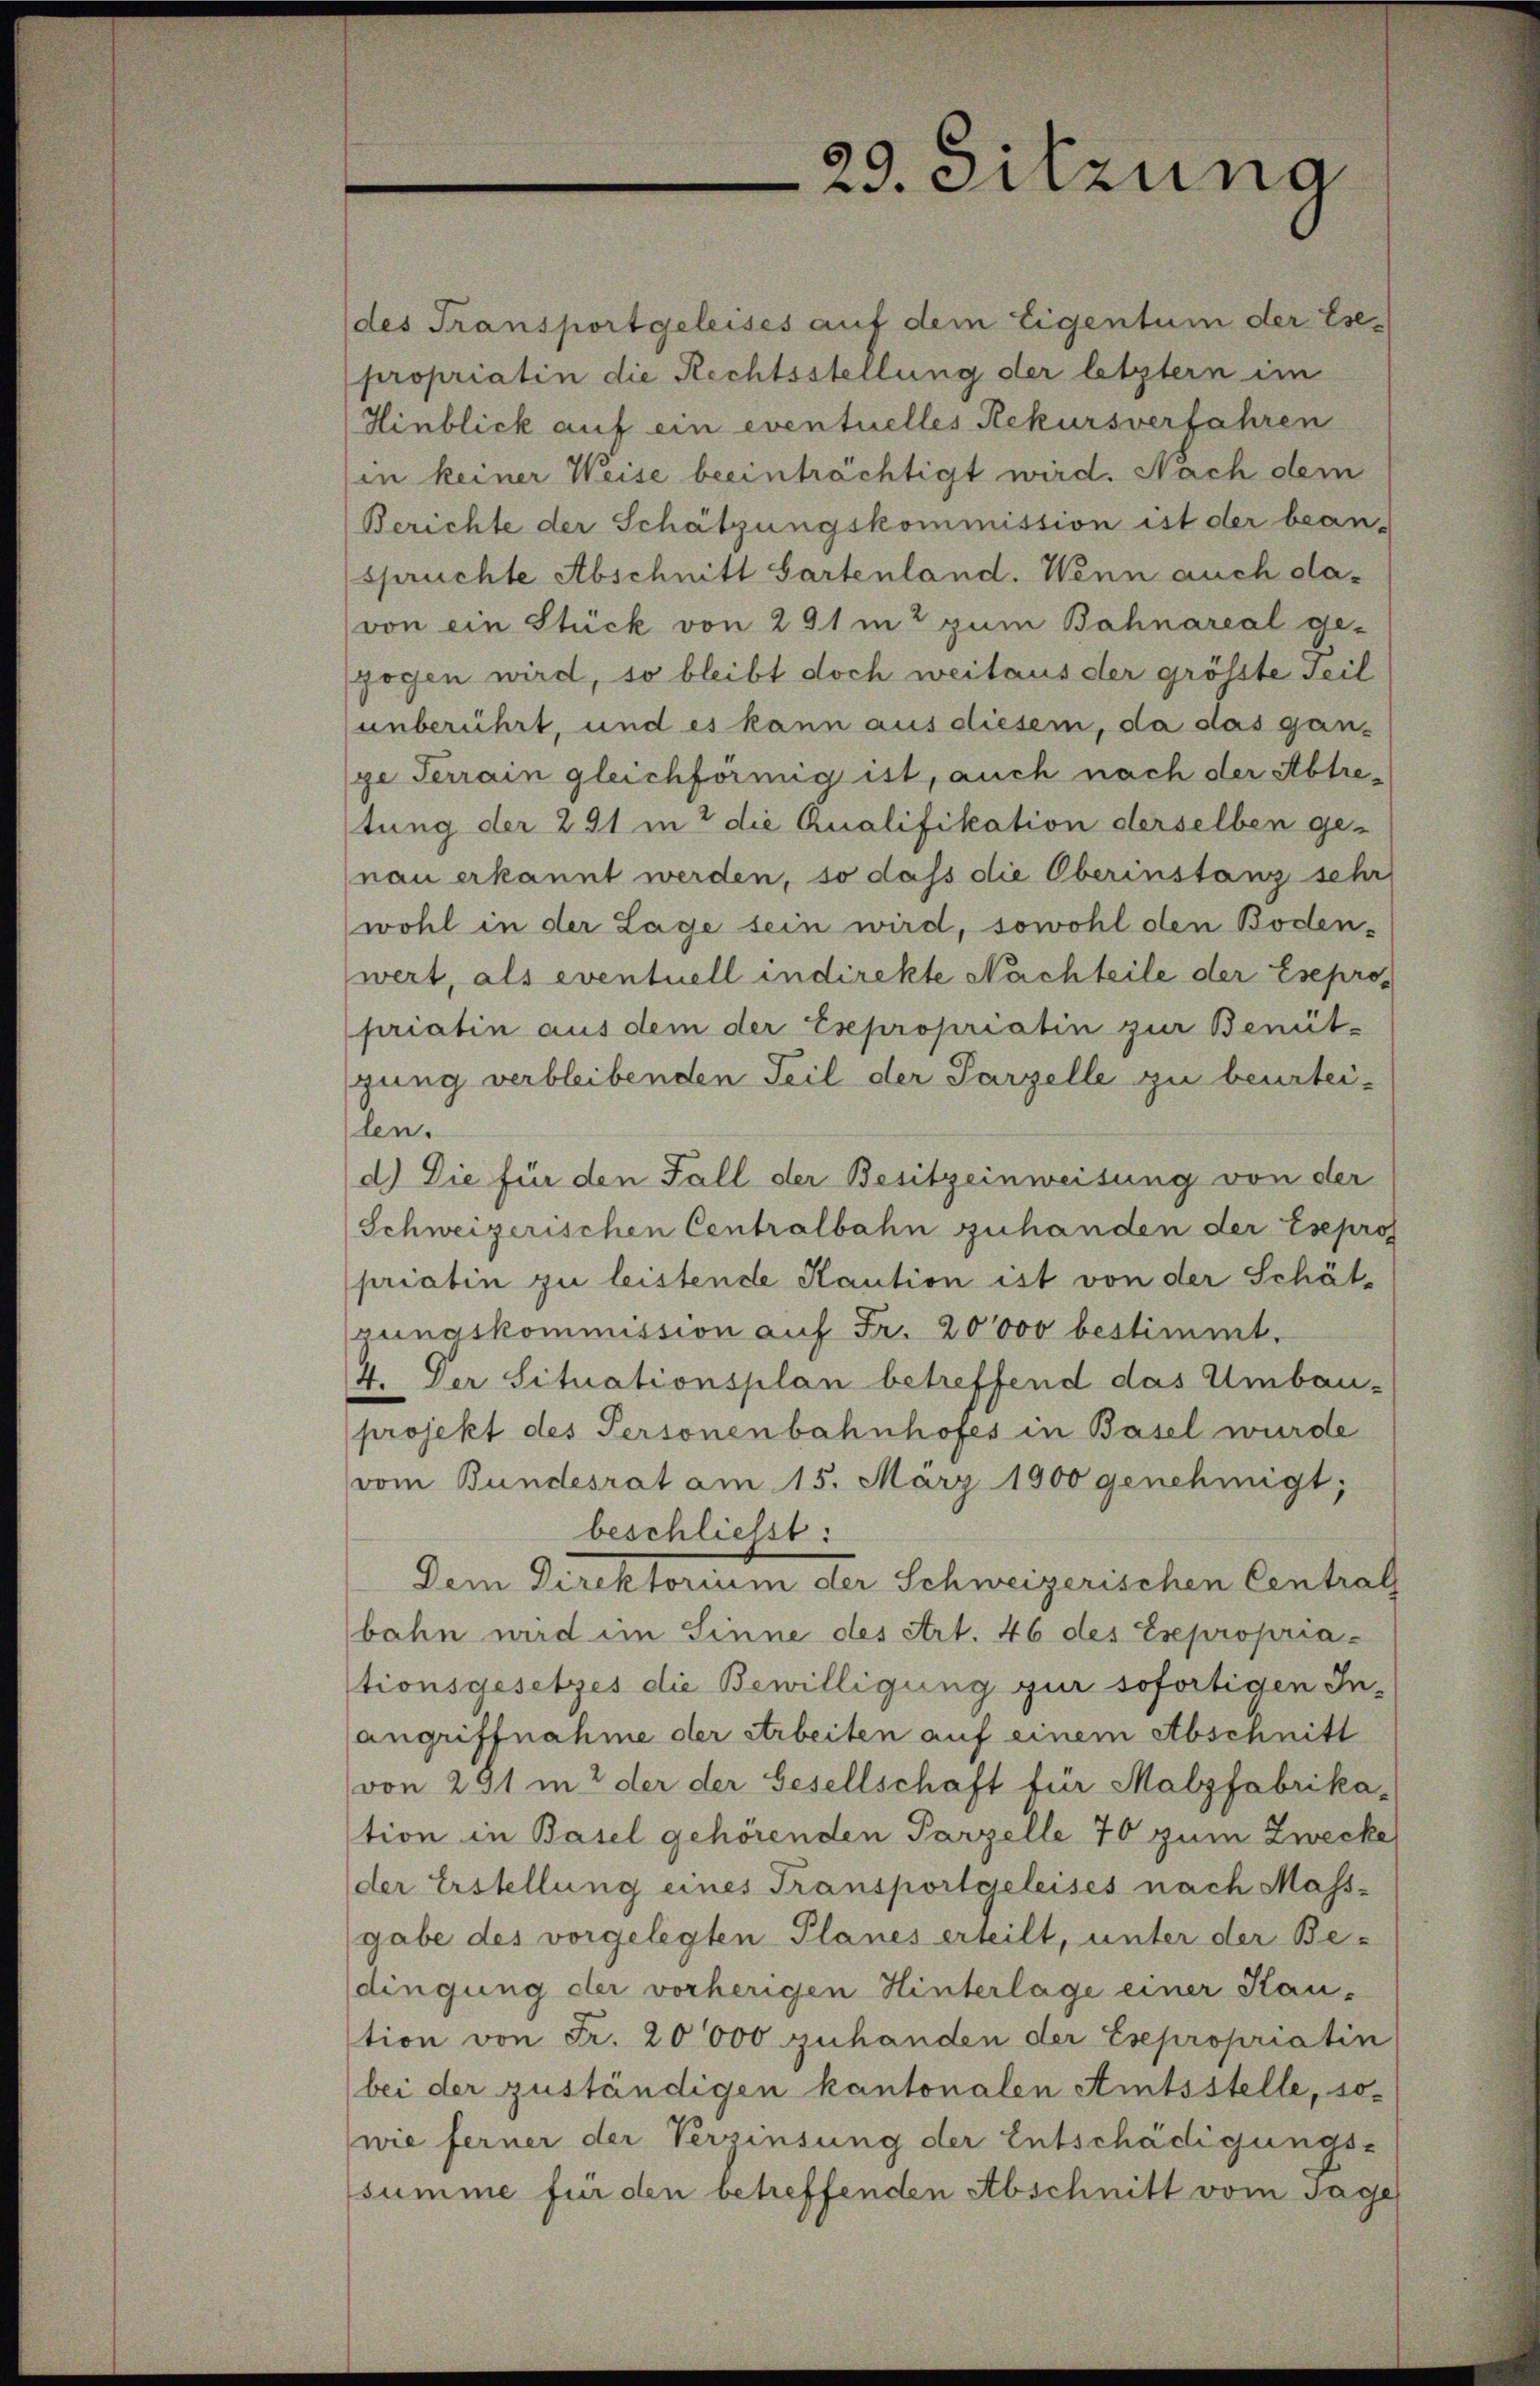
des Transportgeleises auf dem Eigentum der Ese
propriatin die Rechtsstellung der letztern im
Hinblick auf ein eventuelles Rekursverfahren
in keiner Weise beeinträchtigt wird. Nach dem
Berichte der Schätzungskommission ist der bean-
spruchte Abschnitt Gartenland. Wenn auch da-
(von ein Stück von 291 m2 zum Bahnareal ge-
gogen wird, so bleibt doch weitaus der grösste seil
unberührt, und es kann aus diesem, da das gan-
ge Terrain gleichförmig ist, auch nach der Abtretung der 291 in 2 die Qualifikation derselben ge-
nau erkannt werden, so dass die Oberinstanz sehr
wohl in der Lage sein wird, sowohl den Boden-
wert, als eventuell indirekte Nachteile der Esepros
priatin aus dem der Esepropriatin zur Benüt-
gung verbleibenden Teil der Parzelle zu beurtei-
len.
d.) Die für den Fall der Besitzeinweisung von der
Schweizerischen Centralbahn zuhanden der Esepros
priatin zu leistende Kaution ist von der Schät-
rungskommission auf Fr. 20000 bestimmt.
4. Der Situationsplan betreffend das Umbau-
projekt des Personenbahnhofes in Basel wurde
vom Bundesrat am 15. März 1900 genehmigt;
beschließt:
Dem Direktorium der Schweizerischen Centrals
bahn und im Sinne des Art. 46 des Esepropria-
tionsgesetzes die Bewilligung zur sofortigen In-
angriffnahme der Arbeiten auf einem Abschnitt
von 291 in 2 der der Gesellschaft für Malzfabrika-
tion in Basel gehörenden Parzelle 70 zum Zwecke
der Erstellung eines Transportgeleises nach Mass-
gabe des vorgelegten Planes erteilt, unter der Be-
dingung der vorherigen Hinterlage einer Kau-
tion von Fr. 20000 zuhanden der Esepropriatin
bei der zuständigen kantonalen Amtsstelle, so-
wie ferner der Verzinsung der Entschädigungs-
summe für den betreffenden Abschnitt vom Tage

29. Sitzung